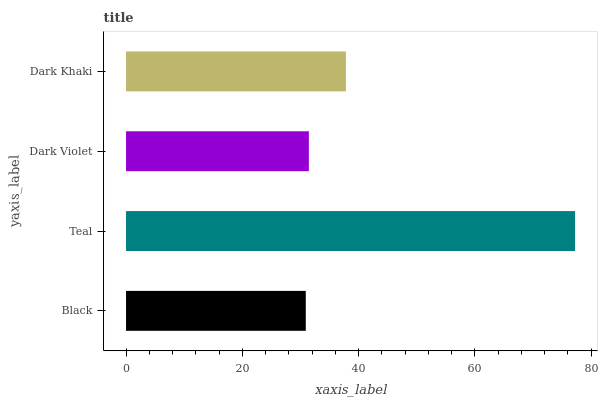
| yaxis_label | bars |
 | --- | --- |
 | Black | 30.9 |
 | Teal | 77.2 |
 | Dark Violet | 31.4 |
 | Dark Khaki | 37.8 |